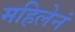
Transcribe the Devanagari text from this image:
महिलेनं